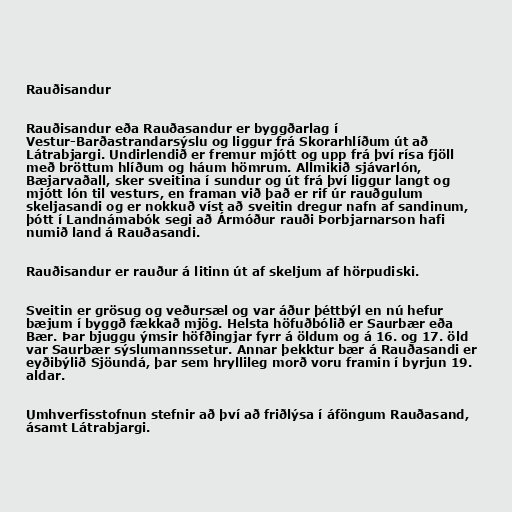
Rauðisandur

Rauðisandur eða Rauðasandur er byggðarlag í
Vestur-Barðastrandarsýslu og liggur frá Skorarhlíðum út að
Látrabjargi. Undirlendið er fremur mjótt og upp frá því rísa fjöll
með bröttum hlíðum og háum hömrum. Allmikið sjávarlón,
Bæjarvaðall, sker sveitina í sundur og út frá því liggur langt og
mjótt lón til vesturs, en framan við það er rif úr rauðgulum
skeljasandi og er nokkuð víst að sveitin dregur nafn af sandinum,
þótt í Landnámabók segi að Ármóður rauði Þorbjarnarson hafi
numið land á Rauðasandi.

Rauðisandur er rauður á litinn út af skeljum af hörpudiski.

Sveitin er grösug og veðursæl og var áður þéttbýl en nú hefur
bæjum í byggð fækkað mjög. Helsta höfuðbólið er Saurbær eða
Bær. Þar bjuggu ýmsir höfðingjar fyrr á öldum og á 16. og 17. öld
var Saurbær sýslumannssetur. Annar þekktur bær á Rauðasandi er
eyðibýlið Sjöundá, þar sem hryllileg morð voru framin í byrjun 19.
aldar.

Umhverfisstofnun stefnir að því að friðlýsa í áföngum Rauðasand,
ásamt Látrabjargi.